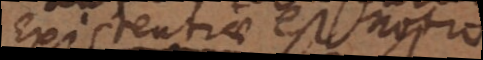
Existentiae est,